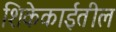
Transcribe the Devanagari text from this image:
शिकेकाईतील